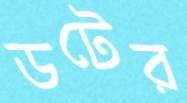
ডটের